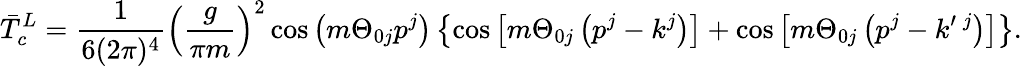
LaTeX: {\bar{T}}_{c}^{L}=\frac{1}{6(2\pi)^{4}}\left(\frac{g}{\pi m}\right)^{2}\cos\left(m\Theta_{0j}p^{j}\right)\left\{ \cos\left[m\Theta_{0j}\left(p^{j}-k^{j}\right)\right]+\cos\left[m\Theta_{0j}\left(p^{j}-k^{\prime}\, ^{j}\right)\right]\right\} .